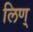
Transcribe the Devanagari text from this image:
लिण्